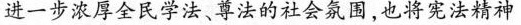
进一步浓厚全民学法、尊法的社会氛围，也将宪法精神